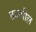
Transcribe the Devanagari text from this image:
तकमील